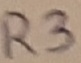
Text: R3